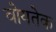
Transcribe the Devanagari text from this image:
वोयतेक